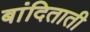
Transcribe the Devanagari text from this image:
बांदिताती